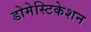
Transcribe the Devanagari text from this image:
डोमेस्टिकेशन